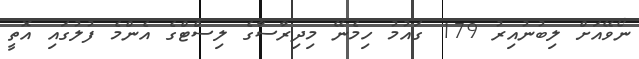
ނޯވޭއަށް ލިބުނުއިރު 179 ގައުމު ހިމެނޭ މިދިރާސާގެ ލިސްޓްގެ އެންމެ ފުލުގައި އޮތީ